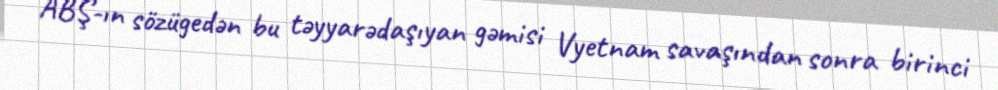
ABŞ-ın sözügedən bu təyyarədaşıyan gəmisi Vyetnam savaşından sonra birinci